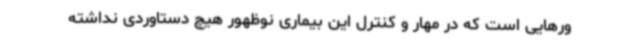
ورهایی است که در مهار و کنترل این بیماری نوظهور هیچ دستاوردی نداشته